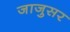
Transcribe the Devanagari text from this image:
जाजुसर